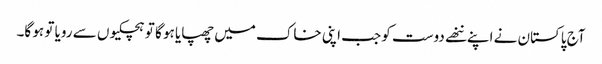
آج پاکستان نے اپنے ننھے دوست کو جب اپنی خاک میں چھپایا ہو گا تو ہچکیوں سے رویا تو ہو گا۔